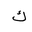
Letter: _kaf